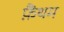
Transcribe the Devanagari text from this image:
फ़ैंथम